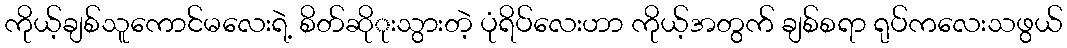
ကိုယ့်ချစ်သူကောင်မလေးရဲ့ စိတ်ဆိုုးသွားတဲ့ ပုံရိပ်လေးဟာ ကိုယ့်အတွက် ချစ်စရာ ရုပ်ကလေးသဖွယ်